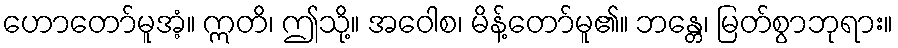
ဟောတော်မူအံ့။ ဣတိ၊ ဤသို့။ အဝေါစ၊ မိန့်တော်မူ၏။ ဘန္တေ၊ မြတ်စွာဘုရား။